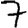
Digit: 7